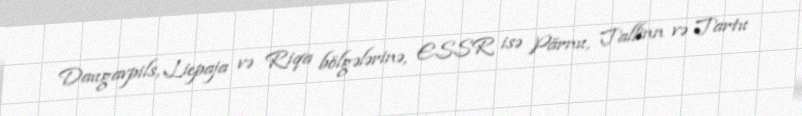
Daugavpils, Liepaja və Riqa bölgələrinə, ESSR isə Pärnu, Tallinn və Tartu